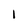
Character: 1